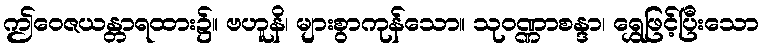
ဤဝေဇယန္တာရထား၌။ ဗဟူနိ၊ များစွာကုန်သော။ သုဝဏ္ဏာစန္ဒာ၊ ရွှေဖြင့်ပြီးသော